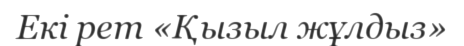
Екі рет «Қызыл жұлдыз»